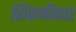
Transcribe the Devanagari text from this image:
सिंफनीकार